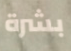
بشرة